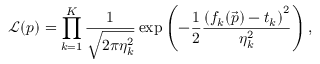
\mathcal { L } ( \boldsymbol { p } ) = \prod _ { k = 1 } ^ { K } \frac { 1 } { \sqrt { 2 \pi \eta _ { k } ^ { 2 } } } \exp { \left( - \frac { 1 } { 2 } \frac { \left( f _ { k } ( \vec { p } ) - t _ { k } \right) ^ { 2 } } { \eta _ { k } ^ { 2 } } \right) } \, ,